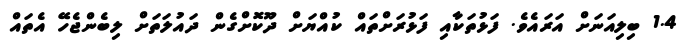
1.4 ބިލިއަނަށް އަރައެވެ. ފަޅުތަކާއި ފަޅުރަށްތައް ކުއްޔަށް ދޫކޮށްގެން ދައުލަތަށް ލިބެންޖެހޭ އެތައް